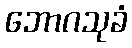
ဘောဂသုခံ